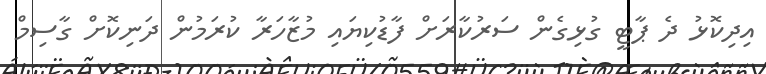
އިދިކޮޅު ދެ ޕާޓީ ގުޅިގެން ސަރުކާރަށް ފާޑުކިޔައި މުޒާހަރާ ކުރަމުން ދަނިކޮށް ގާސިމް